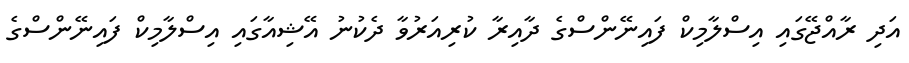
އަދި ރާއްޖޭގައި އިސްލާމިކް ފައިނޭންސްގެ ދާއިރާ ކުރިއަރުވާ ދެކުނު އޭޝިއާގައި އިސްލާމިކް ފައިނޭންސްގެ